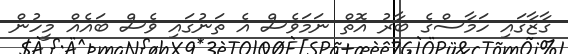
ގާޒާގައި ހަމާސްގެ ބާރު އޮތް ނަމަވެސް އެ ތަނުގައި ވެސް ބައެއް މީހުން